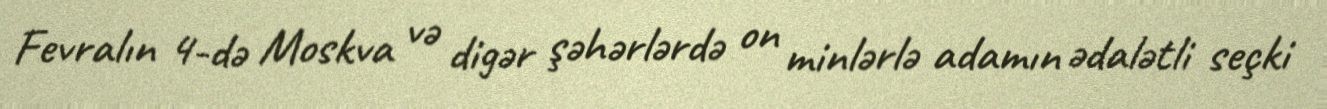
Fevralın 4-də Moskva və digər şəhərlərdə on minlərlə adamın ədalətli seçki